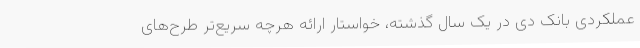
عملکردی بانک دی در یک سال گذشته، خواستار ارائه هرچه سریع‌تر طرح‌های